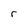
Character: r